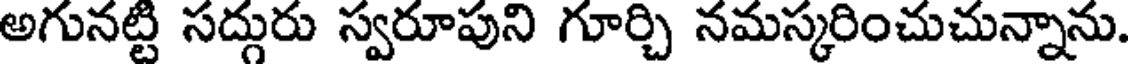
అగునట్టి సద్గురు స్వరూపుని గూర్చి నమస్కరించుచున్నాను.